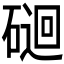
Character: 𥔯